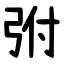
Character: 弣